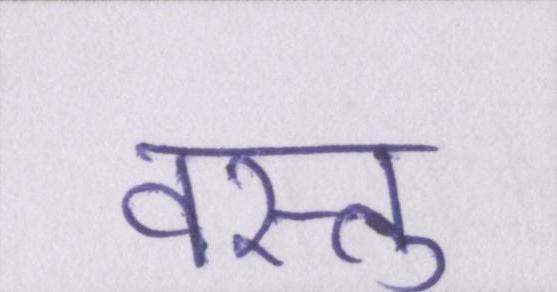
वस्तु